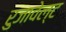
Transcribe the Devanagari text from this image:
रुजावेल्ट